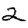
Digit: 2